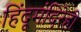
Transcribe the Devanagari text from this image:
हिंदूमंदिरेही